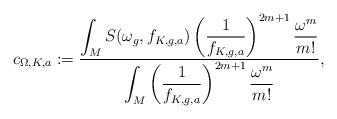
LaTeX: \begin{align*}c_{\Omega,K,a}:=\dfrac{\displaystyle{\int_M S(\omega_g,f_{K,g,a}) \left(\frac{1}{f_{K,g,a}}\right)^{2m+1}\frac{\omega^m}{m!}}}{\displaystyle{\int_M\left(\frac{1}{f_{K,g,a}}\right)^{2m+1}\frac{\omega^m}{m!}}},\end{align*}